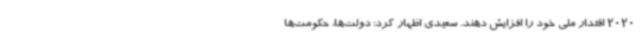
2020 اقتدار ملی خود را افزایش دهند. سعیدی اظهار کرد: دولت‌ها، حکومت‌ها